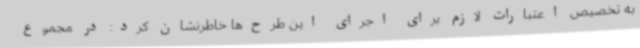
به تخصیص اعتبارات لازم برای اجرای این طرح‌ها خاطرنشان کرد: در مجموع